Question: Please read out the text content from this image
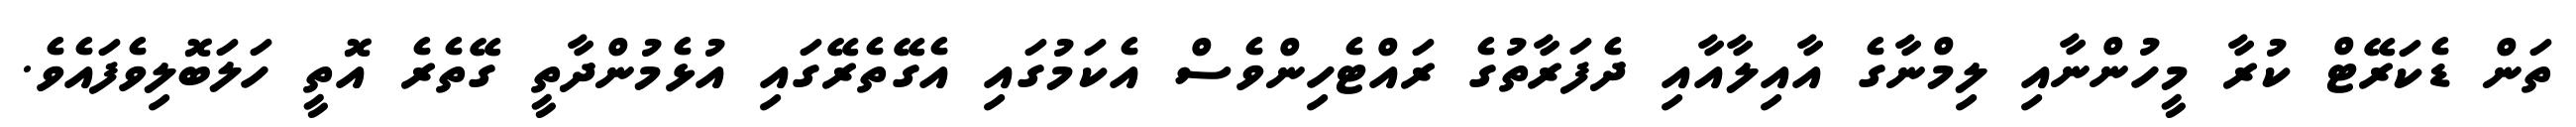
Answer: ތަން ޑެކަރޭޓް ކުރާ މީހުންނާއި ލިމްނާގެ އާއިލާއާއި ދެފަރާތުގެ ރައްޓެހިންވެސް އެކަމުގައި އެގޭތެރޭގައި އުޅެމުންދާތީ ގޭތެރެ އޮތީ ހަލަބޮލިވެފައެވެ.